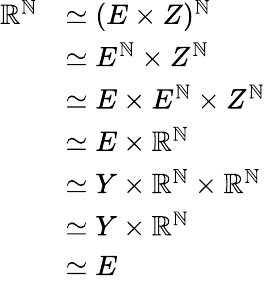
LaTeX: {\begin{array}{rl}{\mathbb{R}^{\mathbb{N}}}&{\simeq(E\times Z)^{\mathbb{N}}}\\ &{\simeq E^{\mathbb{N}}\times Z^{\mathbb{N}}}\\ &{\simeq E\times E^{\mathbb{N}}\times Z^{\mathbb{N}}}\\ &{\simeq E\times\mathbb{R}^{\mathbb{N}}}\\ &{\simeq Y\times\mathbb{R}^{\mathbb{N}}\times\mathbb{R}^{\mathbb{N}}}\\ &{\simeq Y\times\mathbb{R}^{\mathbb{N}}}\\ &{\simeq E}\end{array}}